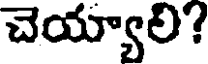
చెయ్యాలి?